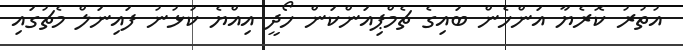
އުތުރު ކޮރެޔާ އަންހެން ބައިގެ ޗެމްޕިއަންކަން ހޯދީ އިއްޔެ ކުޅުނު ފައިނަލް މެޗުގައި